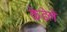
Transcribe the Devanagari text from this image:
केडेले